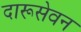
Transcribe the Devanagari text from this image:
दारूसेवन